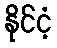
နိုင်ငံ့